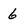
Character: 6